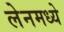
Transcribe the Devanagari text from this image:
लेनमध्ये